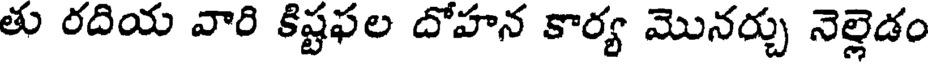
తు రదియ వారి కిష్టఫల దోహన కార్య మొనర్చు నెల్లెడం